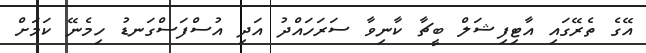
އޭގެ ތެރޭގައި އާޓިފިޝަލް ބީޗާ ކާނިވާ ސަރަހައްދު އަދި އުސްފަސްގަނޑު ހިމެނޭ ކަމަށް